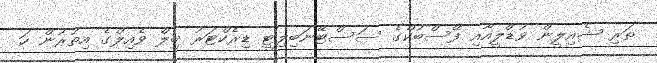
ތަރި ޝެއިލީން ވުޑްލީއާއި ފޭސްބުކްގެ ސަސްޓޭނަބިލިޓީ ޑިރެކްޓަރު ބިލް ވެއިލްގެ އިތުރުން ހަ